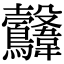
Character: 𩏻